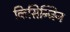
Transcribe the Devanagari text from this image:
किसिन्जिन